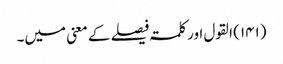
(۱۴۱)	القول اور کلمۃ فیصلے کے معنی میں۔